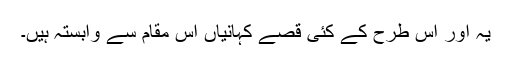
یہ اور اس طرح کے کئی قصے کہانیاں اس مقام سے وابستہ ہیں۔